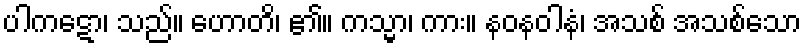
ပါကဋော၊ သည်။ ဟောတိ၊ ၏။ ကသ္မာ၊ ကား။ နဝနဝါနံ၊ အသစ် အသစ်သော